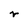
Character: r